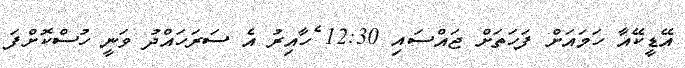
އޭޑީކޭއާ ހަމައަށް ފަހަތަށް ޖައްސައި 12:30 ެހާއިރު އެ ސަރަހައްދު ވަނީ ހުސްކޮށްފަ